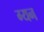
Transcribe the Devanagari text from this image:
ग्यन